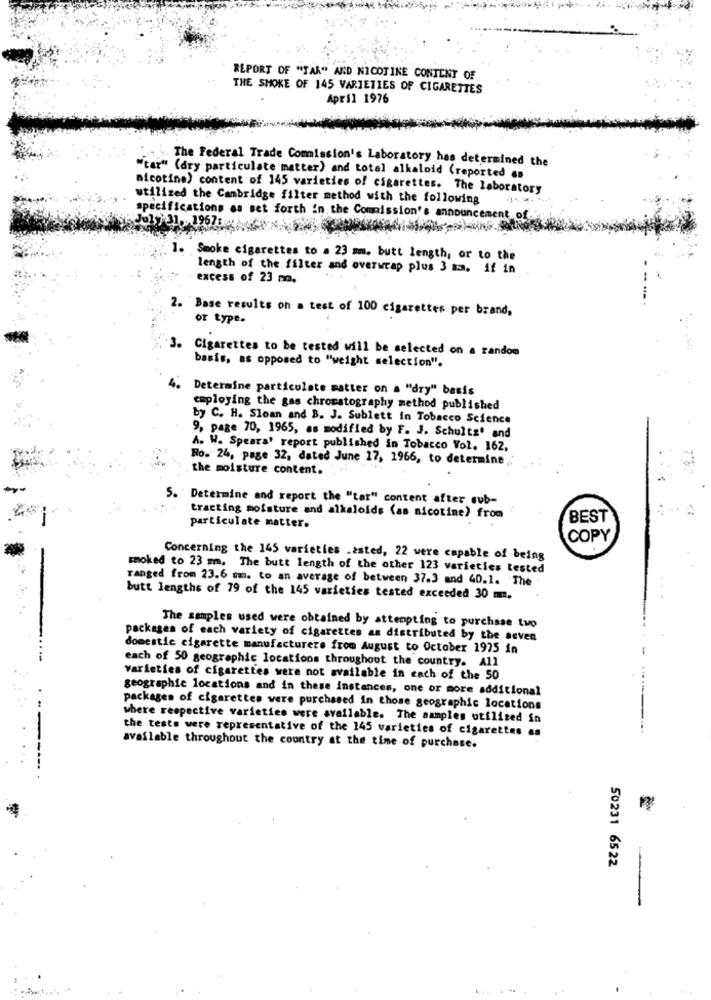
REPORT OF "TAR" AND NICOTINE CONTENT OF
THE SMOKE OF 145 VARIETIES OF CIGARETTES
April 1976
The Federal Trade Comission's Laboratory has determined the
"tar" (dry particulate matter) and total alkaloid (reported es
nicotine) content of 145 varieties of cigarettes. The laboratory
utilized the Cambridge filter method with the following
specifications as set forth in the Commission's announcement of
Jo17) 31, 1967 4
1.
Smoke cigarettes to a 23 mm. butt length, or to the
length of the filter and overwrap plus 3 3. if in
excess of 23 mm.
2. Base results on a test of 100 cigarettes per brand,
or type.
3. Cigarettes to be tested will be selected on a random
basis, as opposed to "weight selection".
4.
Determine particulate matter on a "dry" basis
employing the gas chromatography method published
by C. H. Sloan and B. J. Sublett in Tobacco Science
9, page 70, 1965, as modified by F. J. Schultz' and
A. W. Spears' report published in Tobacco Vol. 162,
No. 24, page 32, dated June 17, 1966, to determine
the moisture content.
5. Determine and report the "tar" content after sub-
tracting moisture and alkaloids (as nicotine) from
BEST
particulate matter.
COPY
Concerning the 145 varieties .asted, 22 were capable of being
smoked to 23 mm. The butt length of the other 123 varieties tested
ranged from 23.6 mm. to an average of between 37.3 and 40.1. The
butt lengths of 79 of the 145 varieties tested exceeded 30 mm.
The samples used were obtained by attempting to purchase tuo
packages of each variety of cigarettes as distributed by the seven
domestic cigarette manufacturers from August to October 1975 in
-
each of 50 geographic locations throughout the country. All
varieties of cigarettes were not available in each of the 50
geographic locations and in these instances, one or more additional
packages of cigarettes were purchased in those geographic locations
where respective varieties were available. The samples utilized in
--
the tests were representative of the 145 varieties of cigarettes as
available throughout the country at the time of purchase.
-----
50231 6522
.